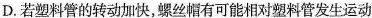
D.若塑料管的转动加快，螺丝帽有可能相对塑料管发生运动